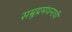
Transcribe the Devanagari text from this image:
सम्रुद्रमंथनाची